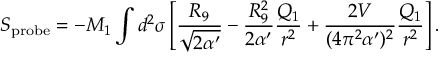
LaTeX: { \cal S } _ { \mathrm { p r o b e } } = - M _ { 1 } \int d ^ { 2 } \sigma \left[ \frac { R _ { 9 } } { \sqrt { 2 \alpha ^ { \prime } } } - \frac { R _ { 9 } ^ { 2 } } { 2 \alpha ^ { \prime } } \frac { Q _ { 1 } } { r ^ { 2 } } + \frac { 2 V } { ( 4 \pi ^ { 2 } \alpha ^ { \prime } ) ^ { 2 } } \frac { Q _ { 1 } } { r ^ { 2 } } \right] .